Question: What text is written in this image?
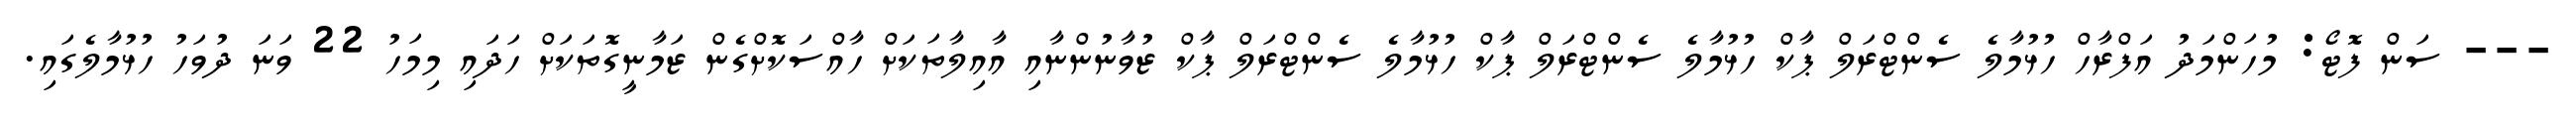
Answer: --- ސަން ފޮޓޯ: މުހަންމަދު އަފްރާހް ހުޅުމާލެ ސެންޓްރަލް ޕާކް ހުޅުމާލެ ސެންޓްރަލް ޕާކް ހުޅުމާލެ ސެންޓްރަލް ޕާކް ޒުވާނުންނާއި އާއިލާތަކަށް ހާއްސަކޮށްގެން ޒަމާނީގޮތަކަށް ހަދައި މިމަހު 22 ވަނަ ދުވަހު ހުޅުމާލެގައި.